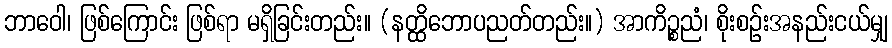
ဘာဝေါ၊ ဖြစ်ကြောင်း ဖြစ်ရာ မရှိခြင်းတည်း။ (နတ္ထိဘောပညတ်တည်း။) အာကိဉ္စညံ၊ စိုးစဉ်းအနည်းငယ်မျှ